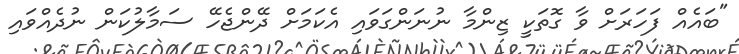
"ބައެއް ފަހަރަށް ވާ ގޮތަކީ ޒިންމާ ނުނަންގަވައި އެކަމަށް ދޭންޖެހޭ ސަމާލުކަން ނުދެއްވައި